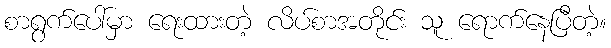
စာရွက်ပေါ်မှာ ရေးထားတဲ့ လိပ်စာအတိုင်း သူ ရောက်နေပြီတဲ့။